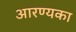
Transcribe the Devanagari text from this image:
आरण्यका